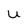
Character: U